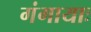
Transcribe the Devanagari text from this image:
गंगायाः